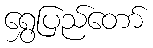
ရွှေပြည်တော်